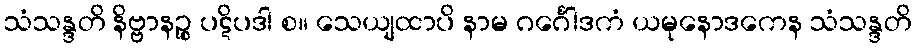
သံသန္ဒတိ နိဗ္ဗာနဉ္စ ပဋိပဒါ စ။ သေယျထာပိ နာမ ဂင်္ဂေါဒကံ ယမုနောဒကေန သံသန္ဒတိ